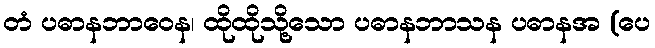
တံ ပဓာနဘာဝေန၊ ထိုထိုသို့သော ပဓာနဘာသန ပဓာနအ (ပေ